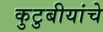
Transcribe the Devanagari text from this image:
कुटुबीयांचे